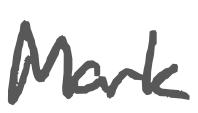
Text: Mark
Cross-out: clean
Writing tool: digital_gray